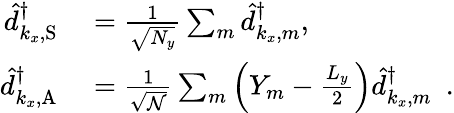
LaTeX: \begin{array}{rl}{\hat{d}_{k_{x},\mathrm{S}}^{\dagger}}&{{}=\frac{1}{\sqrt{N_{y}}}\sum_{m}\hat{d}_{k_{x},m}^{\dagger},}\\ {\hat{d}_{k_{x},\mathrm{A}}^{\dagger}}&{{}=\frac{1}{\sqrt{\mathcal{N}}}\sum_{m}\Big(Y_{m}-\frac{L_{y}}{2}\Big)\hat{d}_{k_{x},m}^{\dagger}~~.}\end{array}